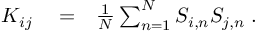
\begin{array} { r l r } { K _ { i j } } & { { } = } & { \frac { 1 } { N } \sum _ { n = 1 } ^ { N } S _ { i , n } S _ { j , n } \; . } \end{array}